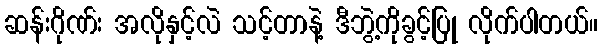
ဆန်းဂိုဏ်း အလိုနှင့်လဲ သင့်တာနဲ့ ဒီဘွဲ့ကိုခွင့်ပြု လိုက်ပါတယ်။